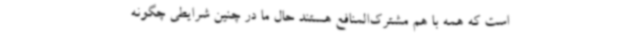
است که همه با هم مشترک‌المنافع هستند حال ما در چنین شرایطی چگونه